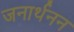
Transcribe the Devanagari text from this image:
जनार्थनन